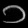
Digit: ၁